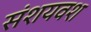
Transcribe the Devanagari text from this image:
संशयवश